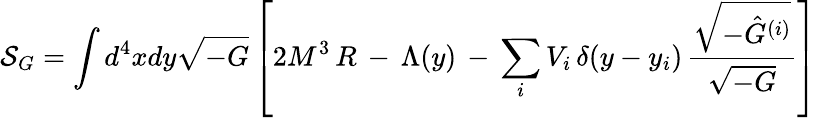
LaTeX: {\cal S}_{G}=\int d^{4}xdy\sqrt{-G}\left[2M^{3}\, R\, -\, \Lambda(y)\, -\, \sum_{i}V_{i}\, \delta(y-y_{i})\, \frac{\sqrt{-\hat{G}^{(i)}}}{\sqrt{-G}}\right]